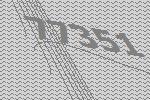
77351